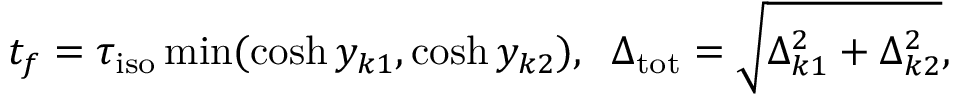
t _ { f } = \tau _ { \mathrm { i s o } } \operatorname * { m i n } ( \cosh y _ { k 1 } , \cosh y _ { k 2 } ) , \; \; \Delta _ { \mathrm { t o t } } = \sqrt { \Delta _ { k 1 } ^ { 2 } + \Delta _ { k 2 } ^ { 2 } } ,